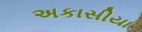
અકાસીયા